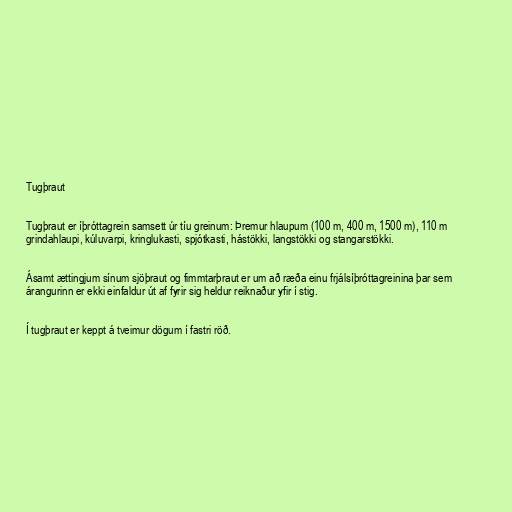
Tugþraut

Tugþraut er íþróttagrein samsett úr tíu greinum: Þremur hlaupum (100 m, 400 m, 1500 m), 110 m
grindahlaupi, kúluvarpi, kringlukasti, spjótkasti, hástökki, langstökki og stangarstökki.

Ásamt ættingjum sínum sjöþraut og fimmtarþraut er um að ræða einu frjálsíþróttagreinina þar sem
árangurinn er ekki einfaldur út af fyrir sig heldur reiknaður yfir í stig.

Í tugþraut er keppt á tveimur dögum í fastri röð.